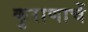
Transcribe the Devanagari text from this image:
कुराणाचें